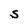
Character: S